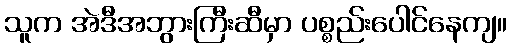
သူက အဲဒီအဘွားကြီးဆီမှာ ပစ္စည်းပေါင်နေကျ။